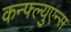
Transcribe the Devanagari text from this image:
कन्फ्ल्युएन्स